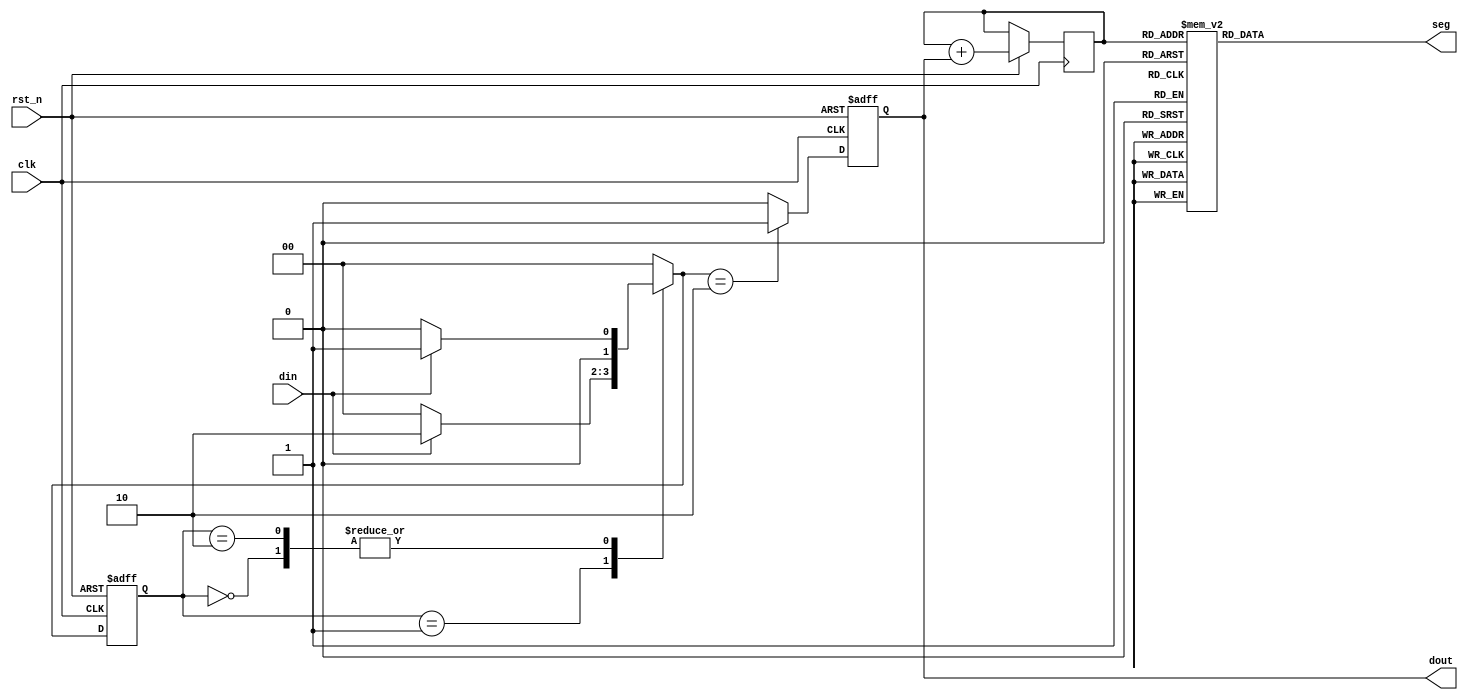
`timescale 1ns / 1ps
//////////////////////////////////////////////////////////////////////////////////
// Company: 
// Engineer: 
// 
// Design Name: 
// Module Name: detector
// Project Name: 
// Target Devices: 
// Tool Versions: 
// Description: 
// 
// Dependencies: 
// 
// Revision:
// Revision 0.01 - File Created
// Additional Comments:
// 
//////////////////////////////////////////////////////////////////////////////////


module detector(clk, rst_n, din, dout, seg);
    input clk;
    input rst_n;
    input din; //
    output reg dout;
    output reg [7:0]seg;
    
    parameter S0 = 2'b00;
    parameter S1 = 2'b01;
    parameter S2 = 2'b10;
    
    reg [1:0] state, c_state, n_state;
    reg [2:0]num = 0;
    always @(posedge clk or negedge rst_n)begin
        if(rst_n == 1'b0)
            c_state <= S0;
        else
            c_state <= n_state;
    end
    
    always @(c_state or din)begin
        case(c_state)
            S0:begin
               if(din == 1'b1)
                   n_state = S1;   //1
               else
                   n_state = S0;   //S0
               end
            S1:begin
               if(din == 1'b1)
                   n_state = S2;
               else
                   n_state = S0;
               end
            S2:begin     //
               if(din == 1'b1)
                   n_state = S1;
               else
                   n_state = S0;
               end
           /* S2:begin   //
               if(din == 1'b1)
                   n_state = S2;
               else
                   n_state = S0;
            end*/
            default: n_state = S0;
        endcase
    end
    
    always @(posedge clk or negedge rst_n)begin
        if(rst_n == 1'b0)
            dout <= 1'b0;
        else begin
            case(n_state)
                S2:
                dout <= 1'b1;
                default: dout <= 1'b0;
            endcase
            num = num + dout;
        end
    end
    
    always @(*)begin
        case(num)
            3'b000: seg <= 8'h3F;
            3'b001: seg <= 8'h06;
            3'b010: seg <= 8'h5B;
            3'b011: seg <= 8'h4F;
            3'b100: seg <= 8'h66;
            3'b101: seg <= 8'h6D;
            3'b110: seg <= 8'h7D;
            3'b111: seg <= 8'h07;
            default: seg <= 8'hff;
        endcase
    end
endmodule